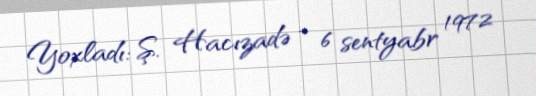
Yoxladı: Ş. Hacızadə - 6 sentyabr 1972